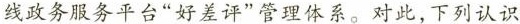
线政务服务平台”好差评”管理体系。对此，下列认识